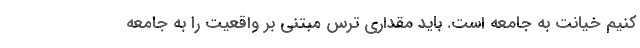
کنیم خیانت به جامعه است. باید مقداری ترس مبتنی بر واقعیت را به جامعه